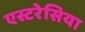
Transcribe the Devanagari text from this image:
एस्टरेसिया